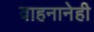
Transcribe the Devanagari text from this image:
वाहनानेही